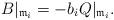
LaTeX: \begin{align*}B|_{\mathfrak m_i} = -b_iQ|_{\mathfrak m_i}.\end{align*}